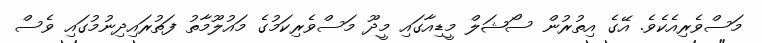
މަސްވެރިއެކެވެ. އޭގެ އިތުރުން ސޯޝަލް މީޑިއާގައި މީދޫ މަސްވެރިކަމުގެ މައުލޫމާތު ފަތުރައިދިނުމުގައި ވެސް